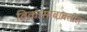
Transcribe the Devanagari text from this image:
विकासाबाबतीत